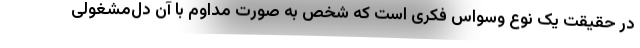
در حقیقت یک نوع وسواس فکری است که شخص به صورت مداوم با آن دل‌مشغولی